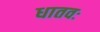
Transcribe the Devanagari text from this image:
धातवः